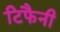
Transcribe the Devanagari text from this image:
टिफैनी